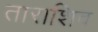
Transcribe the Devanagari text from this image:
ताराशिव